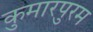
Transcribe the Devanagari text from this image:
कुमारपुरम